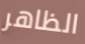
الظاهر